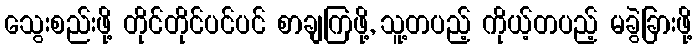
သွေးစည်းဖို့ တိုင်တိုင်ပင်ပင် စာချကြဖို့, သူ့တပည့် ကိုယ့်တပည့် မခွဲခြားဖို့